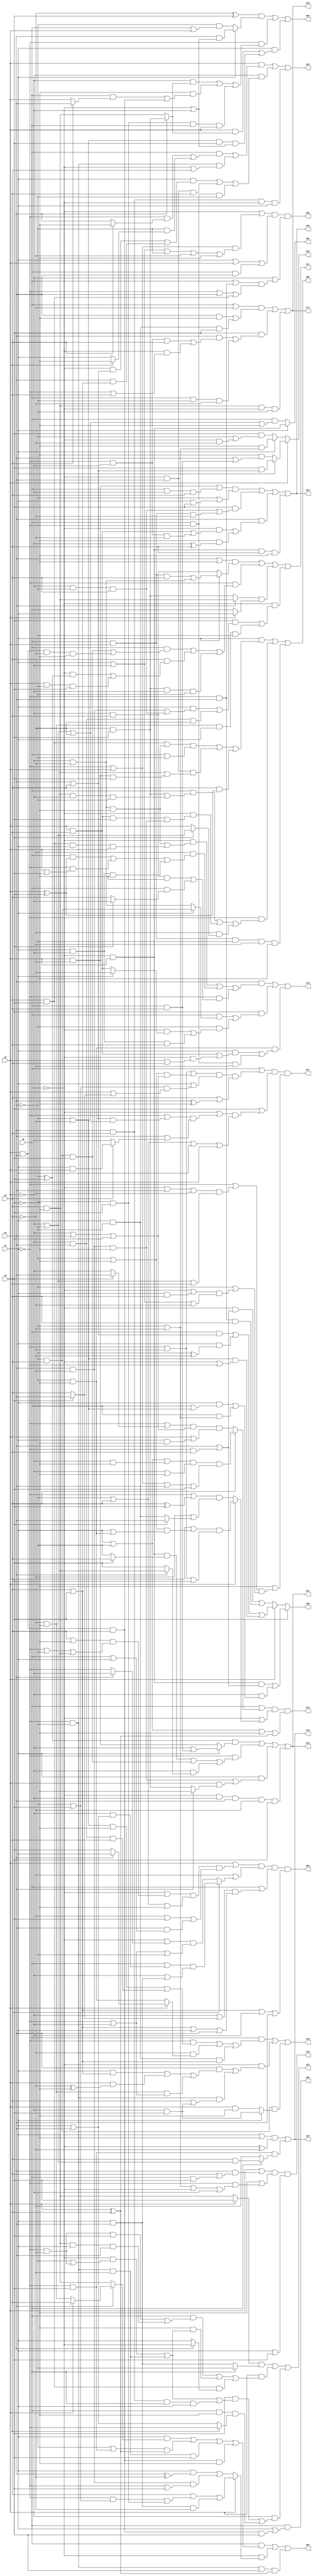
// Benchmark "q_3" written by ABC on Wed Dec 21 23:47:28 2022

module q_3 ( 
    x0, x1, x2, x3, x4, x5,
    z00, z01, z02, z03, z04, z05, z06, z07, z08, z09, z10, z11, z12, z13,
    z14, z15, z16, z17, z18, z19, z20, z21, z22, z23, z24  );
  input  x0, x1, x2, x3, x4, x5;
  output z00, z01, z02, z03, z04, z05, z06, z07, z08, z09, z10, z11, z12, z13,
    z14, z15, z16, z17, z18, z19, z20, z21, z22, z23, z24;
  assign z00 = x0 & (x1 | (x2 & x3 & x4 & x5));
  assign z01 = x1 ? (~x0 & x2) : (x0 & (~x2 | ~x3 | ~x4 | ~x5));
  assign z02 = (~x0 | ((~x1 | x2) & (x1 | ~x2 | ~x3 | ~x4 | ~x5))) & (x1 | x2 | (x0 & x3)) & (~x2 | ((x0 | (~x1 & x3)) & (~x1 | x3 | (x4 & x5))));
  assign z03 = (x2 & ((x0 & ((~x1 & (x4 ? ~x5 : x3)) | (~x3 & (x4 ? ~x5 : x1)))) | (~x1 & ~x3 & (~x0 | x4)))) | (~x2 & ((x1 & ((~x0 & (x3 | x4)) | (x3 & (x4 | x5)))) | (~x0 & x3 & x4) | (x0 & ~x1 & ~x3))) | (x3 & x4 & ~x0 & x1);
  assign z04 = (x0 & ((x1 & (x3 ? (x2 ? x4 : (~x4 & ~x5)) : (x4 & ~x5))) | ((~x3 | (~x1 & x5)) & (x2 ^ x4)) | (~x1 & ~x3 & ~x4 & x5) | (x2 & x3 & x4 & ~x5))) | (~x0 & (x2 ? ((x4 & ((~x1 & (~x3 | x5)) | (~x3 & x5))) | (x1 & x3 & ~x4)) : ((x1 & (x3 ^ ~x4)) | (x3 & ~x4 & (~x1 | x5))))) | (~x1 & ~x3 & x5 & (x2 ^ x4));
  assign z05 = ((~x4 ^ x5) & (x1 ? (x3 & (~x0 | ~x2)) : (~x3 & (x0 | x2)))) | (~x1 & ((~x2 & (x3 ? (~x4 & x5) : (x4 & ~x5))) | (~x5 & ((x0 & (x4 ? x3 : x2)) | (x2 & x3 & x4))) | (~x3 & x5 & x0 & x2))) | (x1 & ((x2 & (x3 ? (~x4 & x5) : (x4 & ~x5))) | (~x3 & ~x4 & x5 & (~x0 | ~x2))));
  assign z06 = (x2 | ((~x0 | ((x4 | ~x5) & (~x1 | ~x3 | (x4 & ~x5)))) & (~x3 | x4 | ~x5) & (~x4 | x5 | (x3 & (x0 | x1))))) & (~x4 | (x5 ? ((x0 | (~x2 & (x1 | x3))) & (~x2 | (x1 & x3))) : ((~x0 | (x3 ? ~x2 : ~x1)) & (~x1 | ~x2 | ~x3)))) & (x0 | ((~x2 | (x5 ? x3 : x4)) & (x4 | x5 | x1 | x3))) & (x4 | x5 | ~x2 | x3);
  assign z07 = (x0 | ((~x1 | ~x4 | ((~x3 | ~x5) & (~x2 | x3 | x5))) & (x1 | ((~x3 | x5) & (x2 | (x5 ? x3 : x4)))) & (x4 | (x3 ^ ~x5)))) & (x5 | ((~x0 | ((~x1 | ((x3 | x4) & (~x2 | ~x3 | ~x4))) & (x3 | (x4 ? (x1 & x2) : ~x2)))) & (~x3 | x4 | x1 | x2))) & (~x5 | ((~x1 | ((~x0 | x3 | ~x4) & (~x2 | ~x3 | x4))) & (~x3 | ((~x0 | (x1 & x4)) & (x1 | ~x2 | ~x4)))));
  assign z08 = (x1 & ((((x4 & x5) | (~x2 & ~x4 & ~x5)) & (x0 | ~x3)) | (~x0 & x3 & ((x4 & ~x5) | (x2 & ~x4 & x5))) | (x4 & (x2 ^ x5)))) | (~x1 & ((x0 & ((~x4 & x5) | (x4 & ~x5 & ~x2 & ~x3))) | (~x0 & ((x2 & x4 & x5) | (x3 & ~x4 & ~x5))) | (~x4 & (x5 ? (~x2 | ~x3) : x2)))) | (x0 & x2 & ~x3 & ~x4 & ~x5);
  assign z09 = x5 ? ((~x0 & x2 & (x3 | (~x1 & x4))) | (~x2 & ((x1 & (x0 | (~x3 & ~x4))) | (x0 & (~x3 | ~x4))))) : (x2 ? ((x0 & (x3 | x4)) | (x1 & (~x3 ^ ~x4)) | (~x3 & ~x4 & (~x0 | ~x1))) : ((~x0 & (x3 | (~x1 & x4))) | (~x1 & x3 & x4)));
  assign z10 = (x0 & ((~x1 & ((~x3 & ~x4 & ~x5) | (~x2 & x3 & x4))) | (~x4 & (x2 ? (x3 ? x1 : x5) : (~x3 & ~x5))) | (x1 & ~x3 & (x4 | x5)))) | (~x0 & ((x3 & ((x1 & (x4 | x5)) | (x2 & (~x4 ^ ~x5)) | (~x4 & ~x5 & (~x1 | ~x2)))) | (~x1 & ~x3 & (x4 | (~x2 & x5))))) | (~x3 & x4 & (x1 ? (~x2 & x5) : (x2 & ~x5)));
  assign z11 = ((x3 | ~x5) & (x1 ? ((x0 & x2 & x4) | (~x2 & ~x4)) : (~x2 & x4))) | (~x1 & ((x0 & ((~x3 & x4 & x5) | (x2 & x3 & ~x4 & ~x5))) | (x4 & ((~x0 & (~x3 ^ x5)) | (x2 & ~x3 & x5))) | (~x4 & x5 & ~x2 & ~x3))) | ((x3 ? (x4 & ~x5) : (~x4 & x5)) & (x2 ? x1 : x0)) | (~x0 & ((x5 & ((x1 & ((x3 & ~x4) | (~x2 & ~x3 & x4))) | (~x2 & x3 & ~x4))) | (~x4 & ~x5 & x1 & ~x3)));
  assign z12 = ((x2 ? x5 : (x4 & ~x5)) & (x0 ? ~x3 : (x1 & x3))) | (x2 & ((x0 & ((~x1 & ~x4 & x5) | (x4 & ~x5 & x1 & x3))) | (~x5 & ((~x0 & (~x3 | (~x1 & ~x4))) | (~x1 & ~x3 & ~x4))) | (x4 & x5 & (x3 ? ~x0 : x1)))) | (~x2 & ((x5 & ((~x0 & (~x3 | (~x1 & ~x4))) | (~x1 & ~x3 & ~x4) | (x3 & x4 & x0 & x1))) | (x0 & ~x5 & (x4 ? ~x1 : (x1 | x3)))));
  assign z13 = (x3 & ((~x0 & ((~x2 & ~x4 & ~x5) | (x4 & x5 & x1 & x2))) | (~x4 & ((x0 & (x2 ^ x5)) | (~x1 & (x2 | x5)) | (x1 & ~x2 & ~x5))) | (~x1 & ((~x2 & x4 & ~x5) | (x0 & (x5 ? ~x2 : x4)))))) | (x5 & ((x0 & (x1 ? (~x3 & x4) : (~x2 & ~x4))) | (~x3 & ((~x0 & (x1 ? ~x4 : (x2 & x4))) | (x1 & ~x2 & x4))))) | (~x3 & ~x5 & ((x1 & ((x2 & x4) | (~x0 & (x2 | x4)))) | (x0 & ~x1 & ~x4)));
  assign z14 = (x0 | (x4 ? ((x1 | ~x3 | (~x2 & ~x5)) & (~x2 | ~x5) & (~x1 | x2 | x3 | x5)) : ((~x1 | (x5 ? x3 : ~x2)) & (~x2 | x3 | x5) & (x2 | (x1 & ~x5))))) & (~x0 | (x2 ? ((x4 | ((~x3 | ~x5) & (x1 | (~x3 & ~x5)))) & (~x1 | ~x4 | x5)) : ((~x1 | (x4 ^ x5)) & (~x4 | (x5 ? x3 : (x1 & ~x3)))))) & (x1 | ~x3 | ~x5 | (x2 ^ x4));
  assign z15 = ((~x3 ^ x5) & (x1 ? (~x2 | (x0 & x4)) : (x2 & ~x4))) | (~x1 & ((~x0 & x2 & (x5 ? x4 : ~x3)) | (~x3 & x4 & x5) | (~x2 & (x3 ? (x4 & ~x5) : x5)))) | (x1 & ((x3 & ~x4 & ~x5) | (x2 & (x3 ? ~x5 : (~x4 & x5))))) | (~x0 & ~x2 & x3 & ~x4 & x5);
  assign z16 = (((x2 & ~x4) | (x0 & ~x2 & x4)) & (~x3 | (x1 & x5))) | (x5 & ((~x2 & ~x3 & x4) | (x0 & x2 & ~x4))) | (x3 & ((~x0 & ((x2 & x4) | (~x1 & ~x2 & ~x4))) | (~x5 & (~x2 ^ x4)))) | (~x0 & x2 & x4 & ~x5);
  assign z17 = ((x0 | ~x4) & ((x3 & ~x5) | (x1 & ~x3 & x5))) | (x5 & ((x3 & ((~x1 & ~x2 & x4) | (~x0 & (~x1 | x4)))) | (x0 & ~x3 & ~x4))) | (x4 & ~x5 & ~x0 & ~x3);
  assign z18 = ((x1 | ~x5) & (~x0 ^ ~x4)) | (~x1 & x5 & (x0 ? (x4 & (~x2 | ~x3)) : ~x4));
  assign z19 = (x2 | (x3 & (x4 | (x0 & x5)))) & (~x5 | (~x1 & (~x3 | ~x4 | ~x0 | ~x2))) & (x1 | x5);
  assign z20 = x2 ? (x1 ? (x5 & (x3 | x4)) : (~x5 & (x3 | (x0 & x4)))) : (x1 ? (~x5 & (~x3 | ~x4)) : (x5 & (~x3 | (~x0 & ~x4))));
  assign z21 = ((~x3 ^ x5) & (x1 ? (~x2 | (x0 & x4)) : (x2 & ~x4))) | (~x1 & ((~x0 & x2 & (x5 ? x4 : ~x3)) | (~x3 & x4 & x5) | (~x2 & (x3 ? (x4 & ~x5) : x5)))) | (x1 & ((x3 & ~x4 & ~x5) | (x2 & (x3 ? ~x5 : (~x4 & x5))))) | (~x0 & ~x2 & x3 & ~x4 & x5);
  assign z22 = (((x2 & ~x4) | (x0 & ~x2 & x4)) & (~x3 | (x1 & x5))) | (x5 & ((~x2 & ~x3 & x4) | (x0 & x2 & ~x4))) | (x3 & ((~x0 & ((x2 & x4) | (~x1 & ~x2 & ~x4))) | (~x5 & (~x2 ^ x4)))) | (~x0 & x2 & x4 & ~x5);
  assign z23 = ((x0 | ~x4) & ((x3 & ~x5) | (x1 & ~x3 & x5))) | (x5 & ((x3 & ((~x1 & ~x2 & x4) | (~x0 & (~x1 | x4)))) | (x0 & ~x3 & ~x4))) | (x4 & ~x5 & ~x0 & ~x3);
  assign z24 = ((x1 | ~x5) & (~x0 ^ ~x4)) | (~x1 & x5 & (x0 ? (x4 & (~x2 | ~x3)) : ~x4));
endmodule